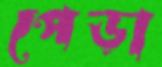
পেড়া